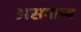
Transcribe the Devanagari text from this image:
असमाप्य